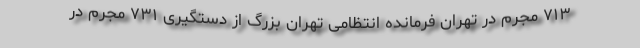
۷۱۳ مجرم در تهران فرمانده انتظامی تهران بزرگ از دستگیری ۷۳۱ مجرم در